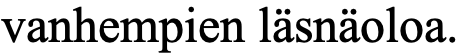
vanhempien läsnäoloa.